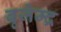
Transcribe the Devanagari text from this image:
बृजेम्द्र